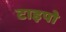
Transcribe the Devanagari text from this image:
टाइपो